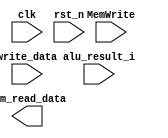
module MEM_stage(

	input clk,
	input rst_n,
	input [31:0] write_data,
	input MemWrite,
	input [31:0] alu_result_i,
	output [31:0] mem_read_data
);

//write peripheral memory if memory write address > 256
// wire peri_web = ~(MemWrite ? |instn[15:8] : 1'b0);
// wire [15:0] peri_addr  = ~peri_web ?   instn[15:0] : 16'b0;
// wire [15:0] peri_datao = ~peri_web ? sw_data[15:0] : 16'b0;


// wire dcache_web = MemWrite ? ~peri_web : 1'b1;

/*
dsram dcache(
.addr(data_addr),
.clk(clk),
.en_wr(dcache_web),
.in(sw_data),
.out(dsram_out)
);
*/
/*
wire dcache_web = MemWrite ? 1'b0 : 1'b1;

dsram dcache(
.addr(alu_result_i[7:0]),
.clk(clk),
.en_wr(dcache_web),
.in(write_data),
.out(mem_read_data)
);
*/
endmodule